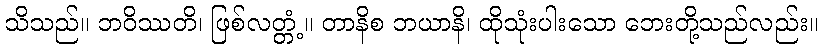
သိသည်။ ဘဝိဿတိ၊ ဖြစ်လတ္တံ့။ တာနိစ ဘယာနိ၊ ထိုသုံးပါးသော ဘေးတို့သည်လည်း။